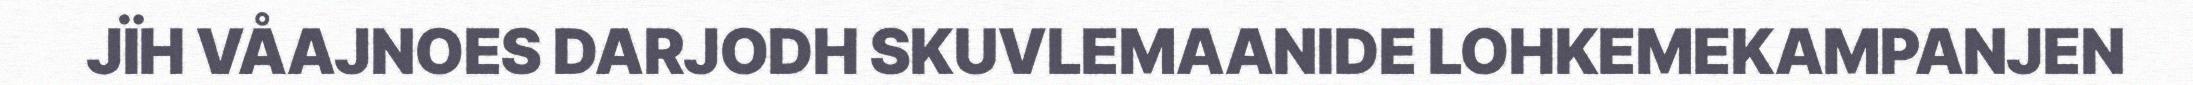
JÏH VÅAJNOES DARJODH SKUVLEMAANIDE LOHKEMEKAMPANJEN